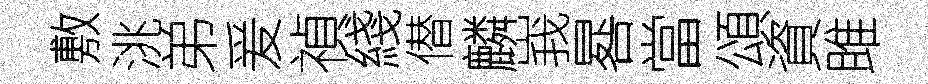
敷洮弟爰禎綫僣麟峩晷當頌資雎